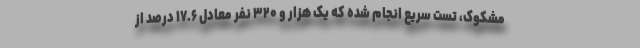
مشکوک، تست سریع انجام شده که یک هزار و ۳۲۰ نفر معادل ۱۷.۶ درصد از